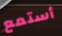
أستمع